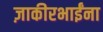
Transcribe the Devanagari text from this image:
ज़ाकीरभाईंना